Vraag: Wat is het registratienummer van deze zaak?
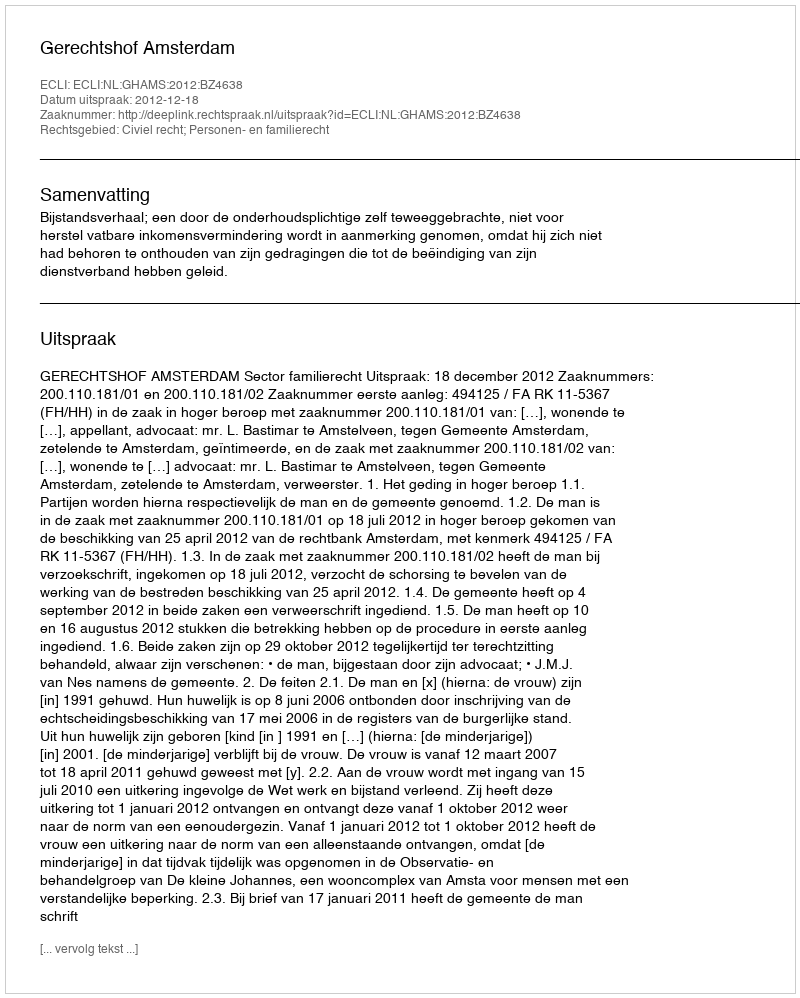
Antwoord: http://deeplink.rechtspraak.nl/uitspraak?id=ECLI:NL:GHAMS:2012:BZ4638